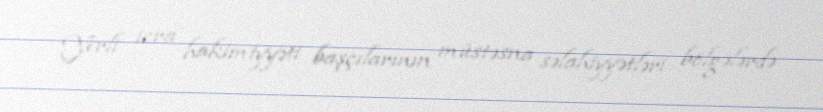
Yerli icra hakimiyyəti başçılarının müstəsna səlahiyyətləri bölgələrdə